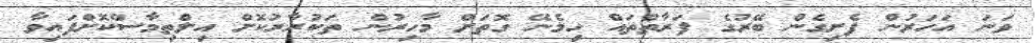
ވަނަ އަހަރުން ފެށިގެން ބޭރުގެ ފަރާތްތައް ހިމެނޭ ގޮތަށް މާހިރުން ތަކުރާރުކޮށް އިލްތިމާސްކޮށްފައިވާ